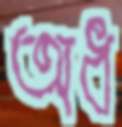
অধ